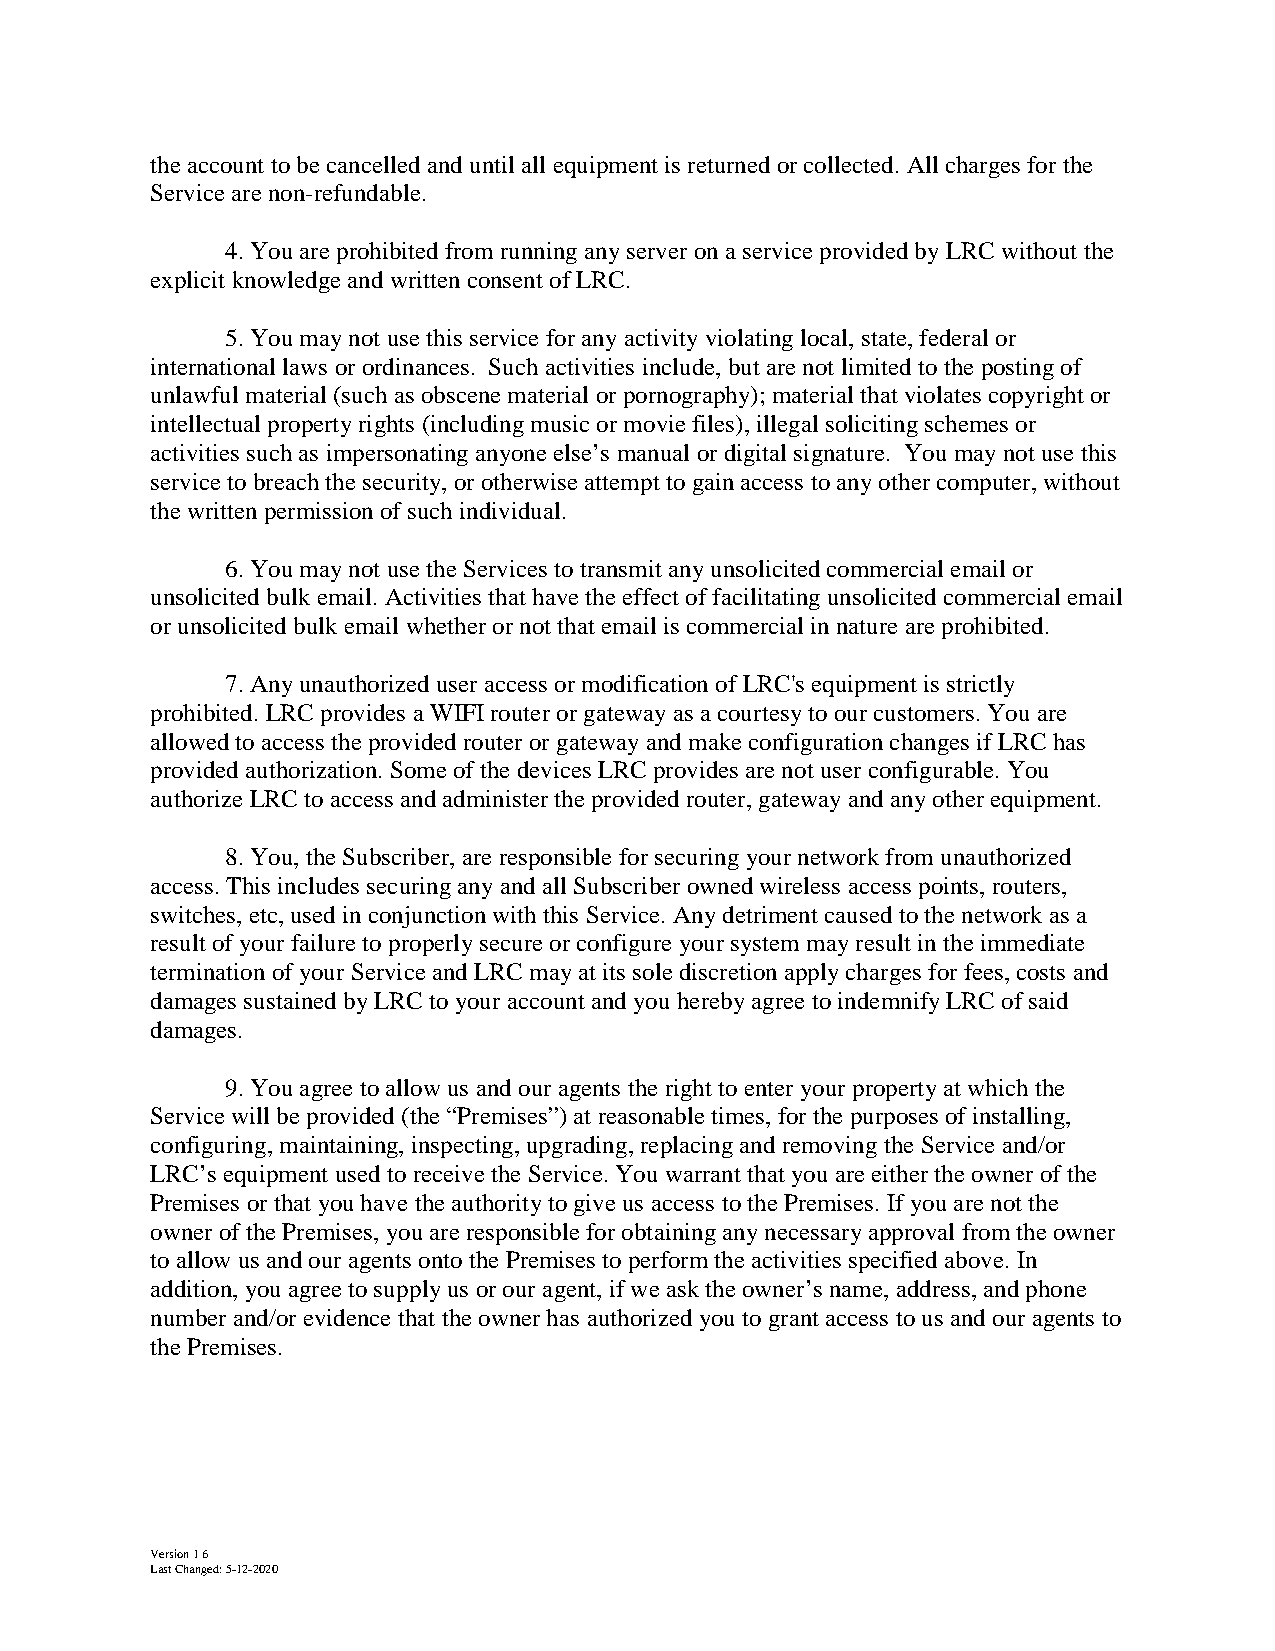
the account to be cancelled and until all equipment is returned or collected. All charges for the
 Service are non-refundable.
 4. You are prohibited from running any server on a service provided by LRC without the
 explicit knowledge and written consent of LRC.
 5. You may not use this service for any activity violating local, state, federal or
 international laws or ordinances. Such activities include, but are not limited to the posting of
 unlawful material (such as obscene material or pornography); material that violates copyright or
 intellectual property rights (including music or movie files), illegal soliciting schemes or
 activities such as impersonating anyone else’s manual or digital signature. You may not use this
 service to breach the security, or otherwise attempt to gain access to any other computer, without
 the written permission of such individual.
 6. You may not use the Services to transmit any unsolicited commercial email or
 unsolicited bulk email. Activities that have the effect of facilitating unsolicited commercial email
 or unsolicited bulk email whether or not that email is commercial in nature are prohibited.
 7. Any unauthorized user access or modification of LRC's equipment is strictly
 prohibited. LRC provides a WIFI router or gateway as a courtesy to our customers. You are
 allowed to access the provided router or gateway and make configuration changes if LRC has
 provided authorization. Some of the devices LRC provides are not user configurable. You
 authorize LRC to access and administer the provided router, gateway and any other equipment.
 8. You, the Subscriber, are responsible for securing your network from unauthorized
 access. This includes securing any and all Subscriber owned wireless access points, routers,
 switches, etc, used in conjunction with this Service. Any detriment caused to the network as a
 result of your failure to properly secure or configure your system may result in the immediate
 termination of your Service and LRC may at its sole discretion apply charges for fees, costs and
 damages sustained by LRC to your account and you hereby agree to indemnify LRC of said
 damages.
 9. You agree to allow us and our agents the right to enter your property at which the
 Service will be provided (the “Premises”) at reasonable times, for the purposes of installing,
 configuring, maintaining, inspecting, upgrading, replacing and removing the Service and/or
 LRC’s equipment used to receive the Service. You warrant that you are either the owner of the
 Premises or that you have the authority to give us access to the Premises. If you are not the
 owner of the Premises, you are responsible for obtaining any necessary approval from the owner
 to allow us and our agents onto the Premises to perform the activities specified above. In
 addition, you agree to supply us or our agent, if we ask the owner’s name, address, and phone
 number and/or evidence that the owner has authorized you to grant access to us and our agents to
 the Premises.
 Version 16
 Last Changed: 5-12-2020